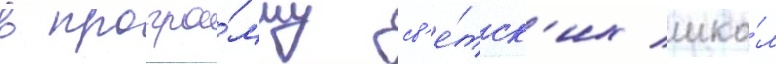
в програ́мму св'е́тск'их шко́л